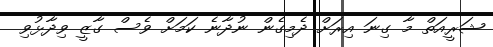
ޝަރީއަތް މާ ގިނަ އިރަށް ދެމިގެން ނުދާނެ ކަމަށް ވެސް ގާޒީ ވިދާޅުވި